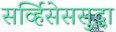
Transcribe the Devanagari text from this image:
सर्व्हिसेससुद्धा